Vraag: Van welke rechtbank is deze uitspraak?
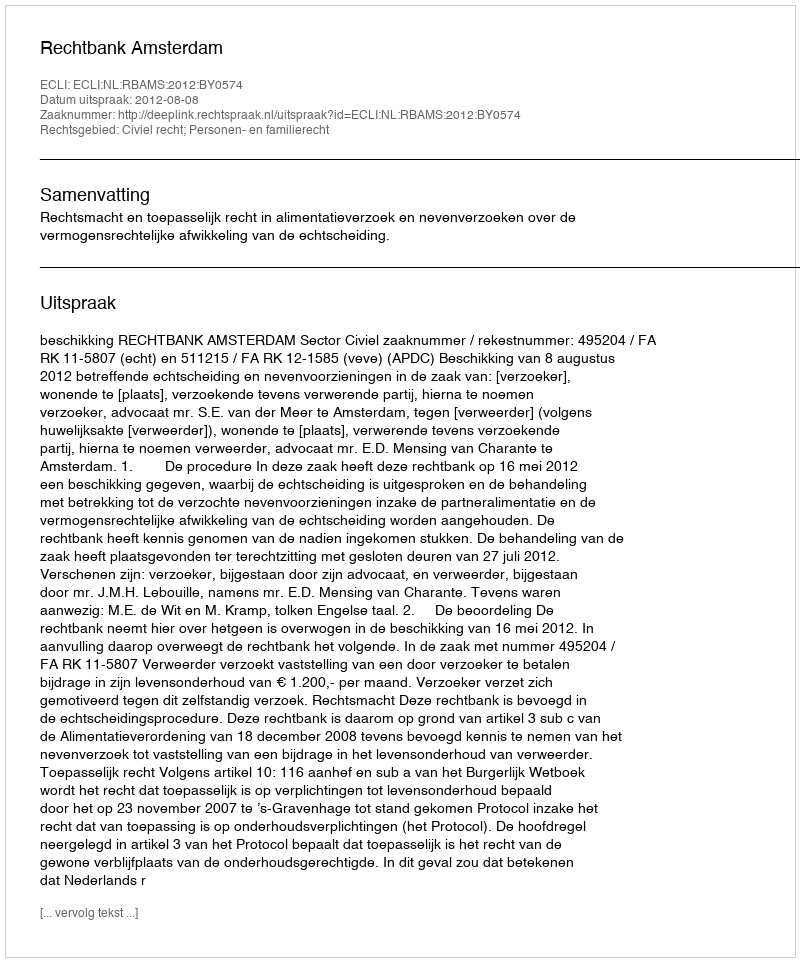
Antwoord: Rechtbank Amsterdam